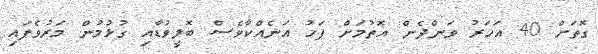
ގޮތަށް 40 އަހަރު ވަންދެން އޮތުމަށް ފަހު އަނެއްކާވެސް ބޮލީވުޑާއި ގުޅުމުން މަރުވެފައި